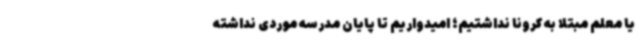
یا معلم مبتلا به کرونا نداشتیم؛ امیدواریم تا پایان مدرسه موردی نداشته